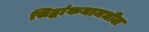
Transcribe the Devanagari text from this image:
सिद्धांकनामधील